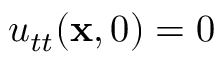
u _ { t t } ( \mathbf x , 0 ) = 0